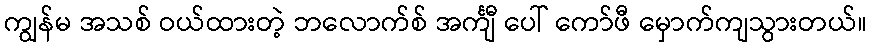
ကျွန်မ အသစ် ဝယ်ထားတဲ့ ဘလောက်စ် အင်္ကျီ ပေါ် ကော်ဖီ မှောက်ကျသွားတယ်။